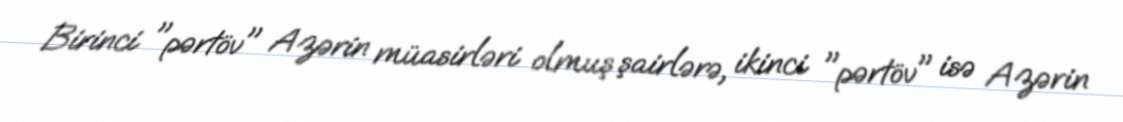
Birinci "pərtöv" Azərin müasirləri olmuş şairlərə, ikinci "pərtöv" isə Azərin